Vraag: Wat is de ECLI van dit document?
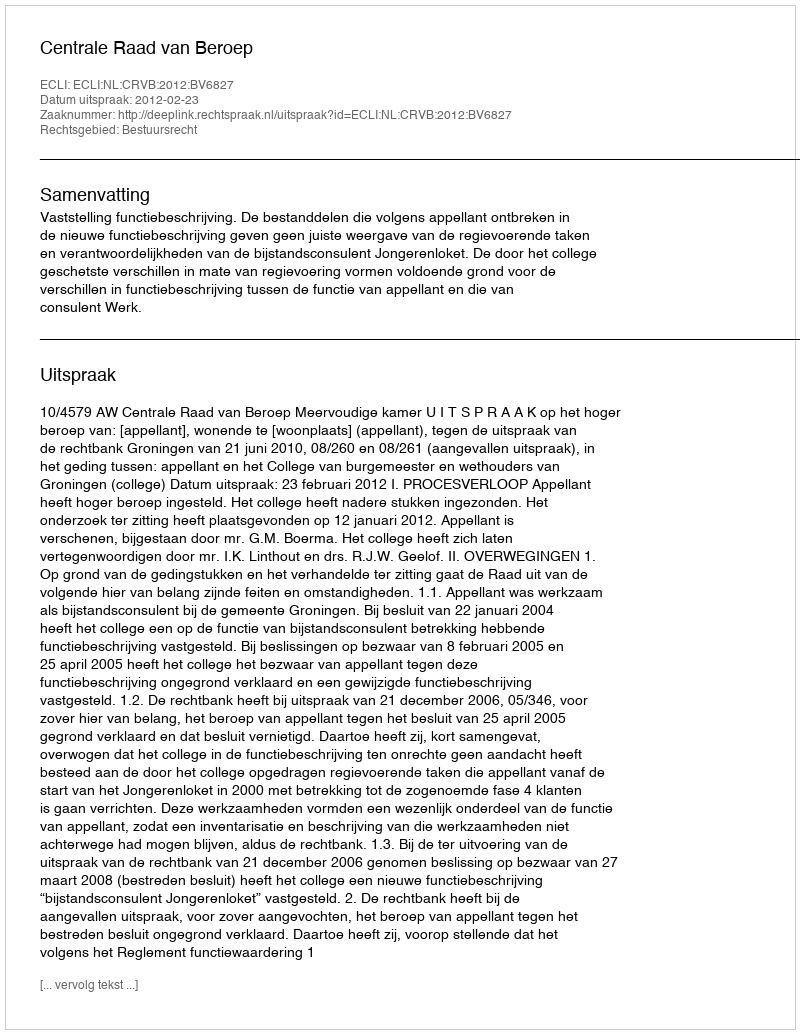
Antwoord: ECLI:NL:CRVB:2012:BV6827